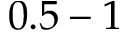
0 . 5 - 1